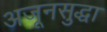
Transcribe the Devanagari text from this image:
अजूनसुद्धा